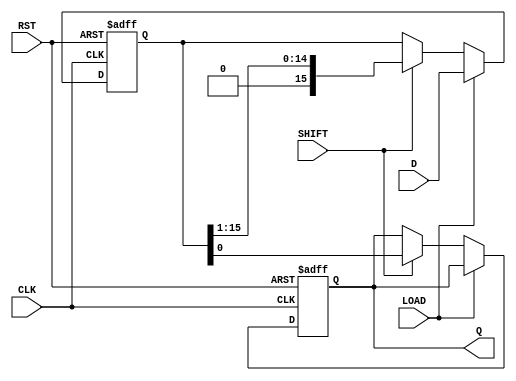
module PISO_Register (
    input wire [15:0] D,      // 16-bit parallel data input
    input wire LOAD,          // Load control signal
    input wire SHIFT,         // Shift control signal
    input wire CLK,           // Clock signal
    input wire RST,           // Asynchronous reset signal
    output reg Q              // Serial output
);

    reg [15:0] shift_reg;     // 16-bit shift register

    always @(posedge CLK or posedge RST) begin
        if (RST) begin
            shift_reg <= 16'b0; // Clear the register on reset
            Q <= 1'b0;          // Clear the output
        end else begin
            if (LOAD) begin
                shift_reg <= D;  // Load data into the shift register
            end else if (SHIFT) begin
                Q <= shift_reg[0]; // Output the LSB
                shift_reg <= shift_reg >> 1; // Shift right
            end
        end
    end

endmodule